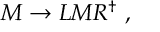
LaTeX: M \rightarrow L M R ^ { \dagger } ~ ,